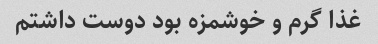
غذا گرم و خوشمزه بود دوست داشتم